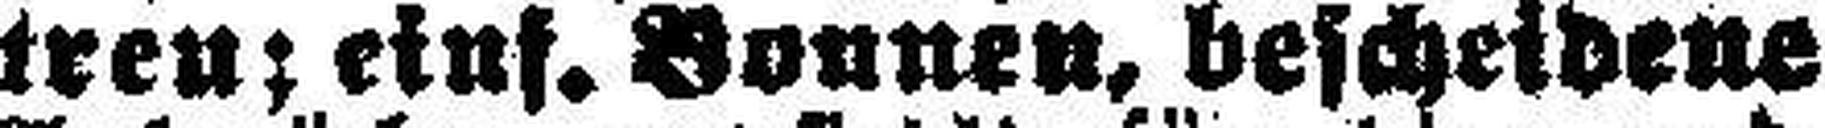
treu; eins. Bonnen, bescheidene